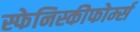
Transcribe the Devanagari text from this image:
स्फेनिस्कीफोर्म्स